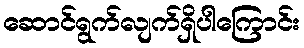
ဆောင်ရွက်လျက်ရှိပါကြောင်း